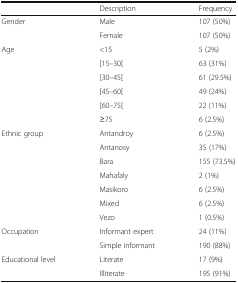
|  | Description | Frequency |
 | --- | --- | --- |
 | <ROWSPAN=2> Gender | Male | 107 (50%) |
 | Female | 107 (50%) |
 | <ROWSPAN=6> Age | <15 | 5 (2%) |
 | [15–30[ | 63 (31%) |
 | [30–45[ | 61 (29.5%) |
 | [45–60[ | 49 (24%) |
 | [60–75[ | 22 (11%) |
 | ≥75 | 6 (2.5%) |
 | <ROWSPAN=7> Ethnic group | Antandroy | 6 (2.5%) |
 | Antanosy | 35 (17%) |
 | Bara | 155 (73.5%) |
 | Mahafaly | 2 (1%) |
 | Masikoro | 6 (2.5%) |
 | Mixed | 6 (2.5%) |
 | Vezo | 1 (0.5%) |
 | <ROWSPAN=2> Occupation | Informant expert | 24 (11%) |
 | Simple informant | 190 (88%) |
 | <ROWSPAN=2> Educational level | Literate | 17 (9%) |
 | Illiterate | 195 (91%) |